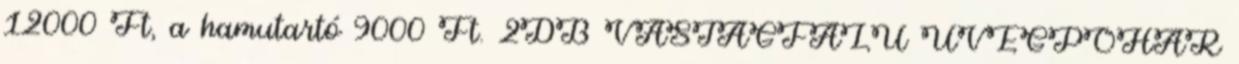
12000 Ft, a hamutartó 9000 Ft. 2DB VASTAGFALU ÜVEGPOHÁR